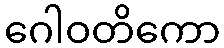
ဂေါဝတိကော